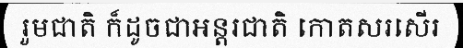
រួមជាតិ ក៏ដូចជាអន្តរជាតិ កោតសរសើរ